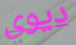
ديوي